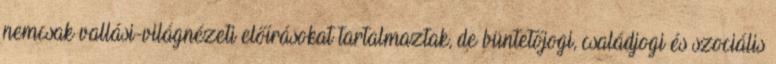
nemcsak vallási-világnézeti előírásokat tartalmaztak, de büntetőjogi, családjogi és szociális